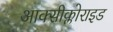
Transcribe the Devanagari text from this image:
आक्सीक्लोराइड